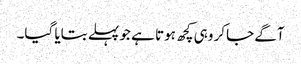
آگے جاکر وہی کچھ ہوتا ہے جو پہلے بتایا گیا۔